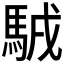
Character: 𩣊